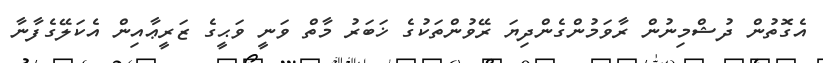
އެގޮތުން ދުޝްމިނުން ރާވަމުންގެންދިޔަ ރޭވުންތަކުގެ ޚަބަރު މާތް ވަނީ ވަޙީގެ ޒަރީޢާއިން އެކަލޭގެފާނާ